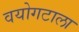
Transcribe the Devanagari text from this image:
वयोगटाला